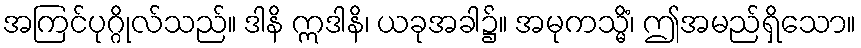
အကြင်ပုဂ္ဂိုလ်သည်။ ဒါနိ ဣဒါနိ၊ ယခုအခါ၌။ အမုကသ္မိံ၊ ဤအမည်ရှိသော။